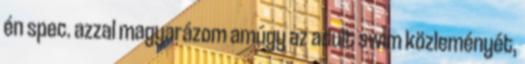
én spec. azzal magyarázom amúgy az adult swim közleményét,